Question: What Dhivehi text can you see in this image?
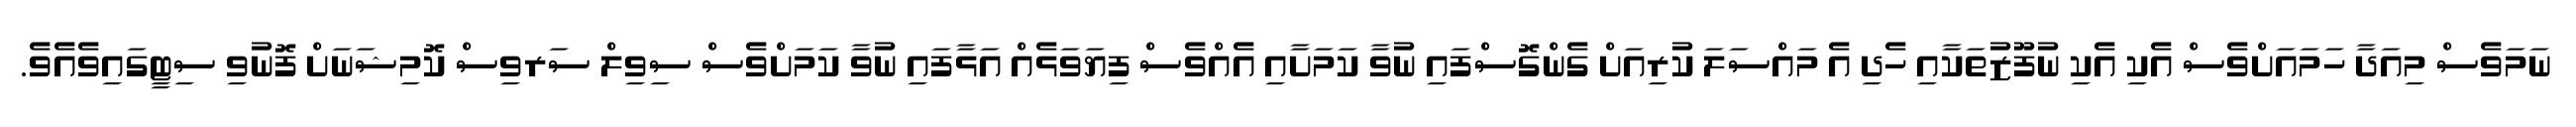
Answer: ނަމަވެސް މިއަދާ ހަމައަށްވެސް އެކި އެކި ނުފޫޒުތަކާއި ހެދި އެ މައްސަލަ ކުރިއަށް ގެންގޮސްފައި ނުވާ ކަމަށާއި އެއްވެސް ފިޔަވަޅެއް އަޅާފައި ނުވާ ކަމަށްވެސް ސިވިލް ސަރވިސް ކޮމިޝަނަށް ފޮނުވި ސިޓީގައިވެއެވެ.